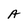
Character: A